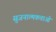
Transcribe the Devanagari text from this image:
सुजनात्मकताओं